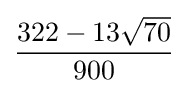
{\frac {322-13{\sqrt {70}}}{900}}